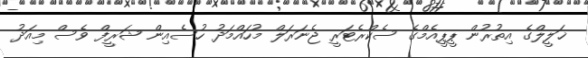
ޚަލީލްގެ އިތުރުން ޕީޕީއެމްގެ ސެކްރެޓަރީ ޖެނަރަލް މުހައްމަދު ހުސެއިން ޝަރީފް ވެސް މިއަދު